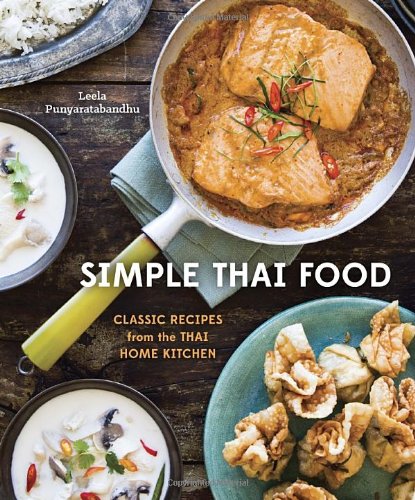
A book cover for Simple Thai Food: Classic Recipes from the Thai Home Kitchen; Leela Punyaratabandhu; Cookbooks, Food & Wine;